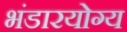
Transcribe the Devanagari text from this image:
भंडारयोग्य